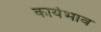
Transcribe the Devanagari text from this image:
कार्यभाव